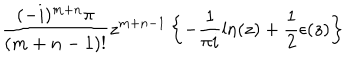
\frac { ( - i ) ^ { m + n } \pi } { ( m + n - 1 ) ! } z ^ { m + n - 1 } \left\{ - \frac { 1 } { \pi i } \ln ( z ) + \frac { 1 } { 2 } \epsilon ( z ) \right\}